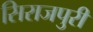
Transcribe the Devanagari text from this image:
सिराजपुरी